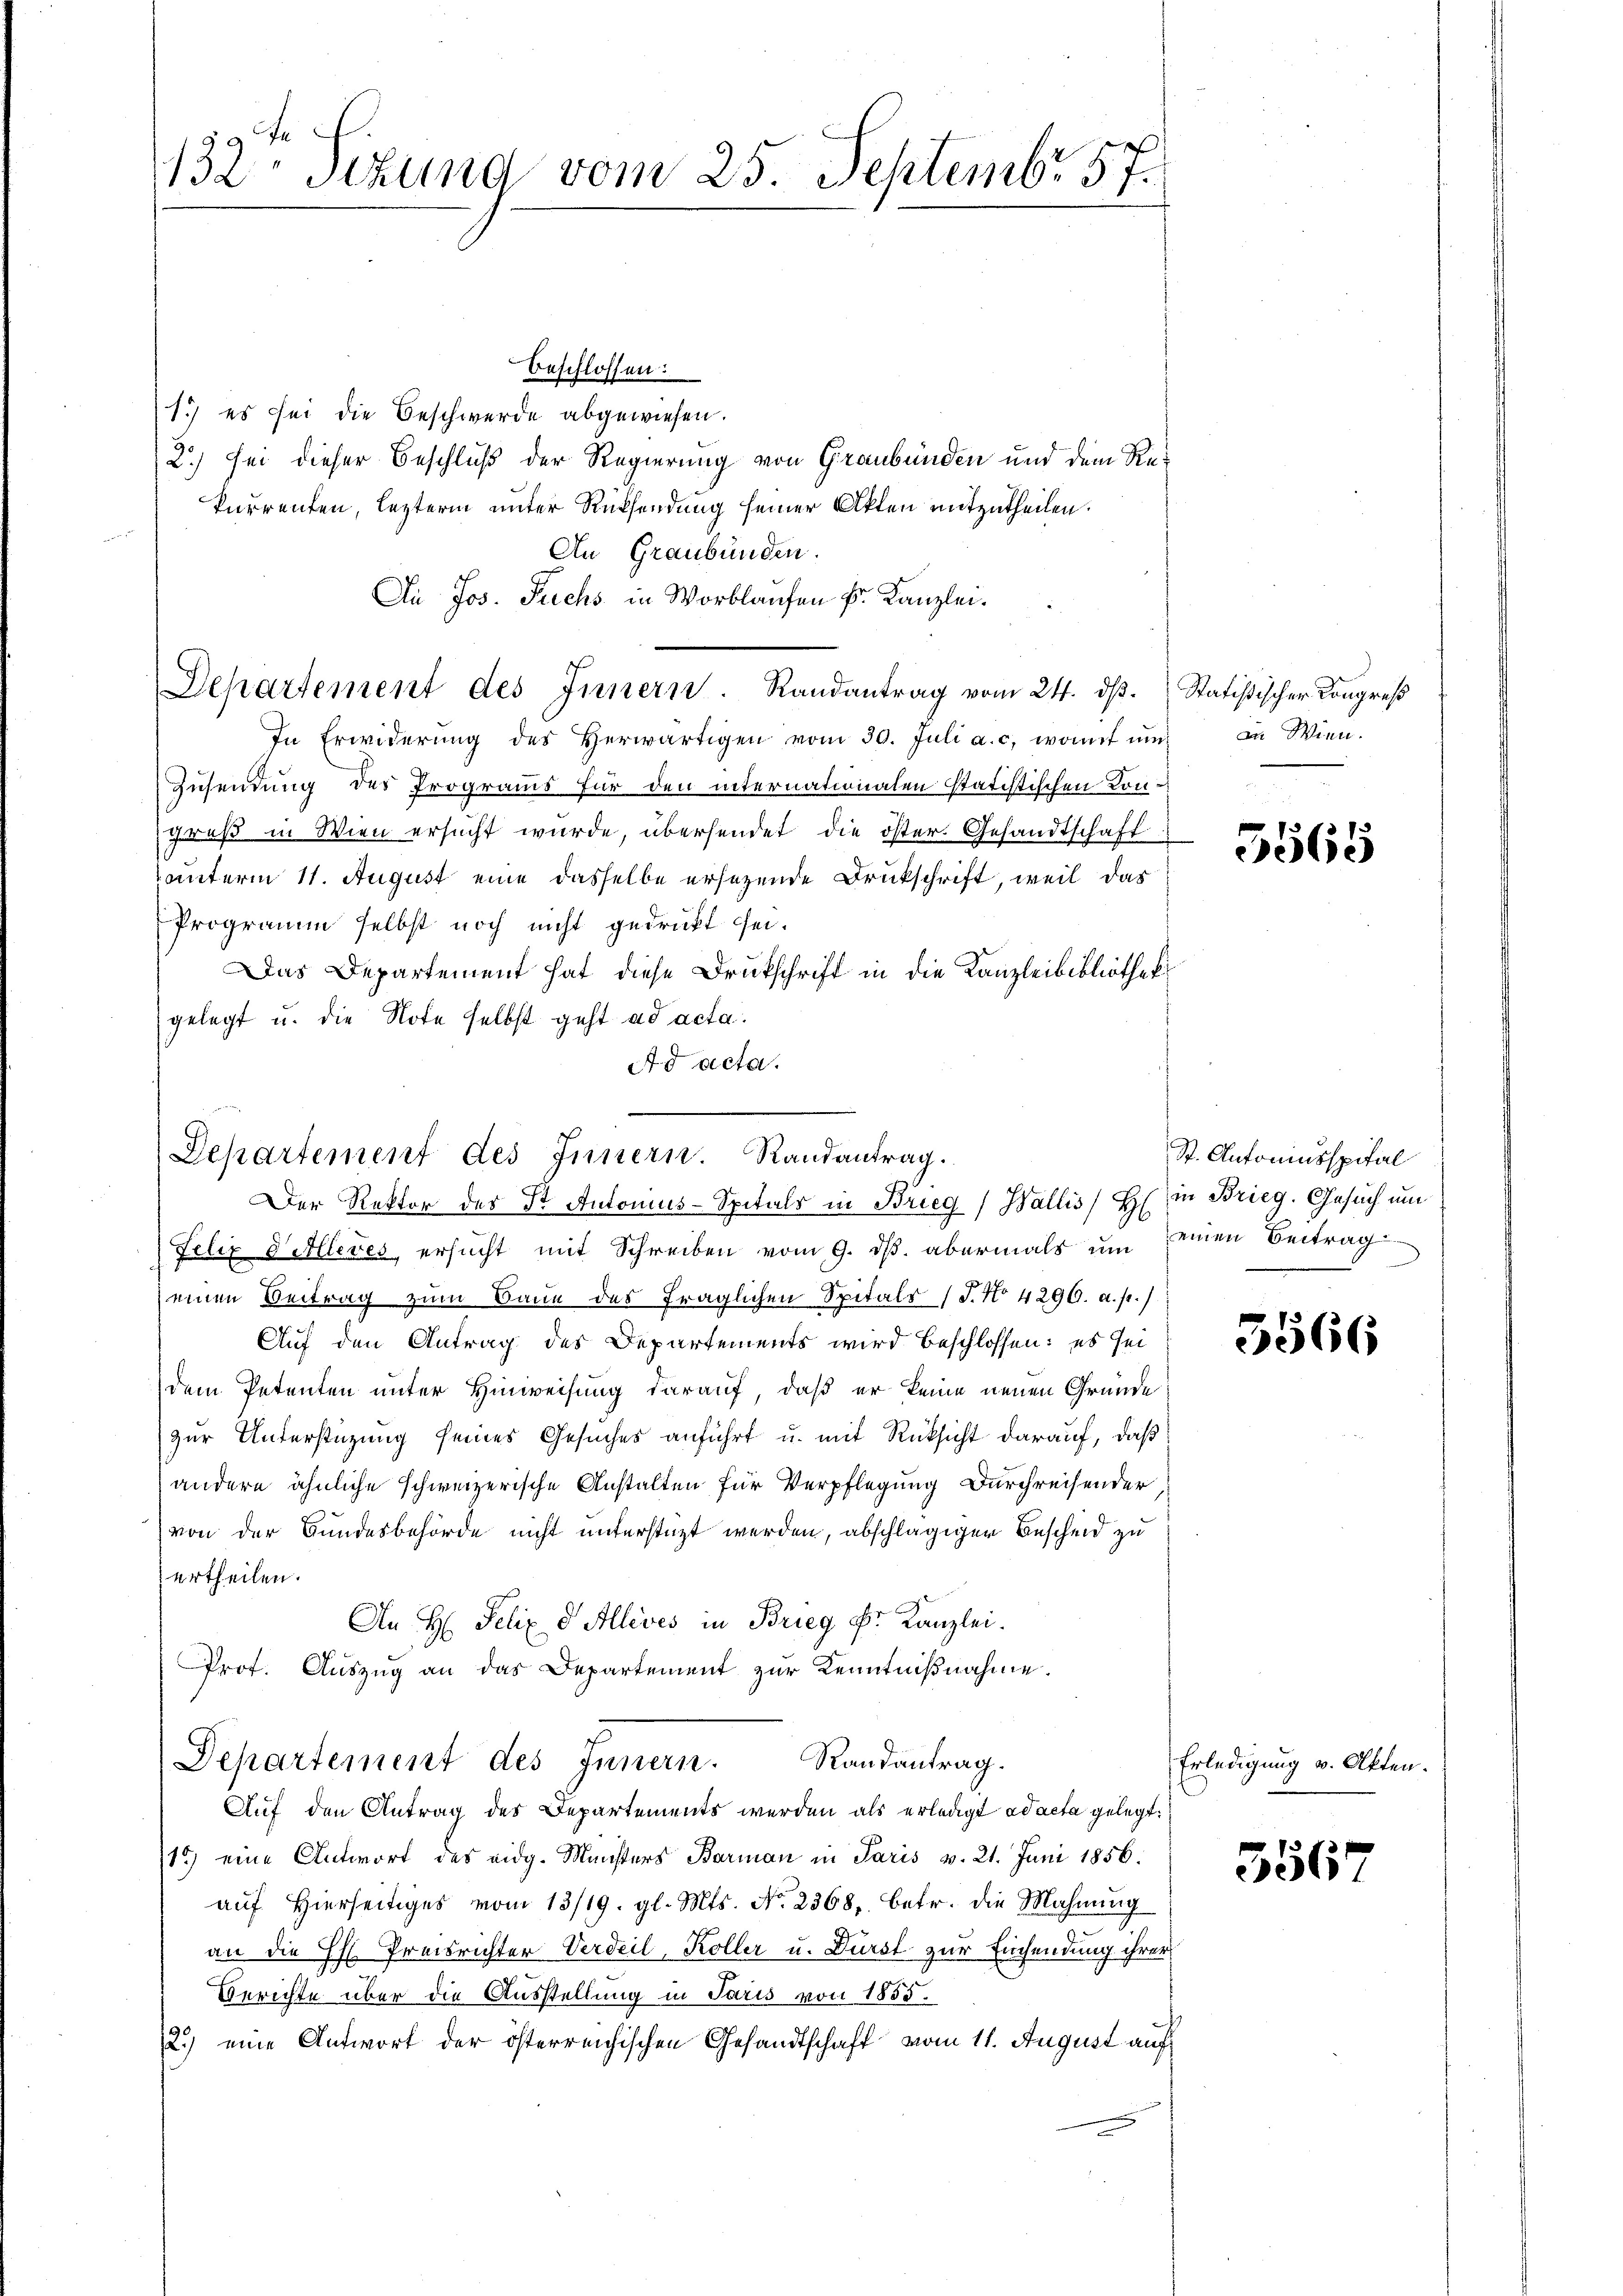
132ten Sizung vom 25. Septemb. 57.

Beschlossen:
1) es sei die Beschwerde abgewiesen.
2) sei dieser Beschluß der Regierung von Graubünden und dem Rekurrenten, lezterm unter Rücksendung seiner Akten mitzutheilen.
An Graubünden.
An Jos. Fuchs in Worblaufen k. Kanzlei.
In Erwiderŭng des Herwärtigen vom 30. Juli a. c. womit ŭm
Zusendung des Programms für den internationalen statistischen Kongruß in Wien ersucht wurde, übersendet die öster. Gesandtschaft
unterm 11. August eine dasselbe ersezende Druckschrift, weil das
Programm selbst noch nicht gedruckt sei.
Das Departement hat diese Druckschrift in die Kanzleibibliothek
gelegt u. die Note selbst geht ad acta.
Ad acta.

Departement des Innern. Randantrag vom 24. dβ.

Departement des Innern. Randantrag.
Der Rektor des St. Antonius-Spitals in Brieg, Wallis, H. in Brieg. Gesuch um

Departement des Innern. Randantrag.

Felix 8 Alleres ersucht mit Schreiben vom 9. ds. abermals um seinen Beitrag
(einen Beitrag zum Baue des fraglichen Spitals (T. No 4290. a. p.)
Auf den Antrag des Departements wird beschlossen: es sei
dem Petenten unter Hinweisung darauf, daß er keine neuen Gründe
zur Unterstüzung seines Gesuches anführt u. mit Rücksicht darauf, daß
andere ähnliche schweizerische Anstalten für Verpflegung Durchreisender
von der Bundesbehörde nicht unterstüzt werden, abschlägiger Bescheid zu
urtheilen.
An H: Felix 8 Allives in Brieg Dr. Kanzlei.
Prof. Auszug an das Departement zur Kenntnißnahme.

Auf den Antrag des Departements werden als erledigt ad acta gelegt.
15) eine Antwort des eidg. Ministers Barman in Paris v. 21. Juni 1856.
aŭf hierseitiges vom 13/19. gl. Mts. No. 2368, betr. die Mahnung
an die Ehl Preisrichter Verdeil, Koller u. Durst zur Einsendung ihrer
Berichte über die Ausstellung in Paris von 1855.
2.) eine Antwort der österreichischen Gesandtschaft vom 11. August auf

Statistischer Kongreß
in Wien.

5565

St. Antoniusspital

3566

Erledigung v. Akten.

356